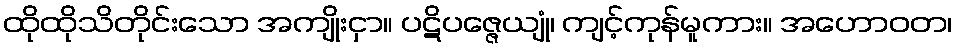
ထိုထိုသိတိုင်းသော အကျိုးငှာ။ ပဋိပဇ္ဇေယျုံ၊ ကျင့်ကုန်မူကား။ အဟောဝတ၊